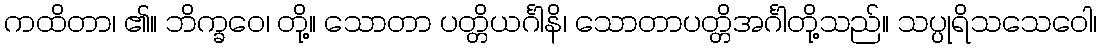
ကထိတာ၊ ၏။ ဘိက္ခဝေ၊ တို့။ သောတာ ပတ္တိယင်္ဂါနိ၊ သောတာပတ္တိအင်္ဂါတို့သည်။ သပ္ပုရိသသေဝေါ၊